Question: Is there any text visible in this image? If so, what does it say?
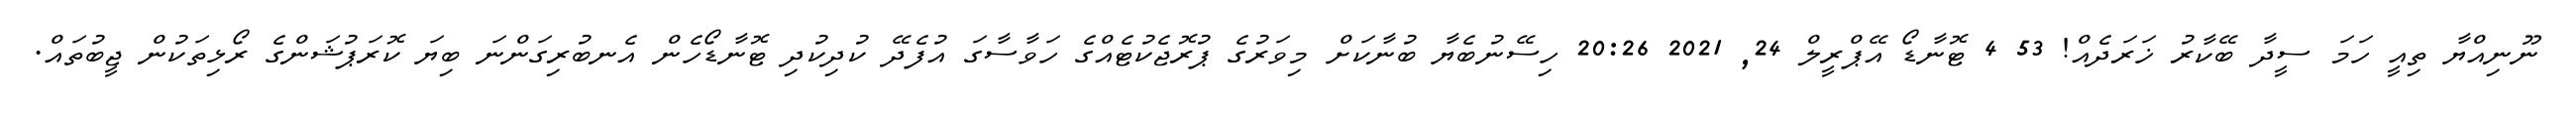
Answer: ނޫނިއްޔާ ތިއީ ހަމަ ސީދާ ބޭކާރު ޚަރަދެއް! 53 4 ޓޮނާޑޯ އޭޕްރީލް 24, 2021 20:26 ހިސޭނުބެޔާ ބުނާކަށް މިވަރުގެ ޕުރޮޖެކުޓެއްގެ ހަވާސާގަ އުފެދޭ ކުދިކުދި ޓޮނާޑޯހެން އެނބުރިގަންނަ ބިޔަ ކޮރަޕުޝަންގެ ރޯޅިތަކުން ޖީބުތައް.